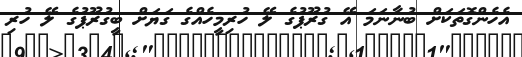
އެހެންގޮތަކަށް ބުނާނަމަ އޭ ގުރޫޕުގެ ލޭ ހުރިމީހެއްގެ ގަޔަށް ބީގުރޫޕުގެ ލޭ ހުރި